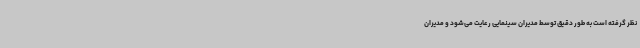
نظر گرفته است به طور دقیق توسط مدیران سینمایی رعایت می‌شود و مدیران